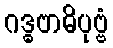
ဂဒ္ဓဗာဓိပုဗ္ဗံ